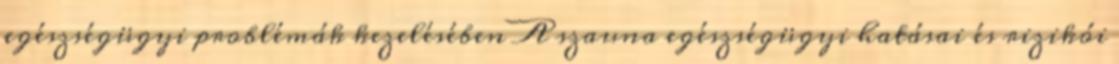
egészségügyi problémák kezelésében A szauna egészségügyi hatásai és rizikói